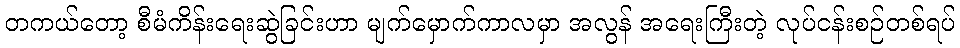
တကယ်တော့ စီမံကိန်းရေးဆွဲခြင်းဟာ မျက်မှောက်ကာလမှာ အလွန် အရေးကြီးတဲ့ လုပ်ငန်းစဉ်တစ်ရပ်